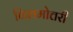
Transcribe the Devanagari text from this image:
विशमोत्तरी